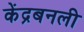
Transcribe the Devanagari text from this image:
केंद्रबनली